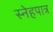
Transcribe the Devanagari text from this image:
स्नेहपात्र